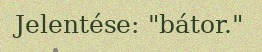
Jelentése: "bátor."